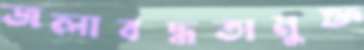
জলাবদ্ধতামুক্ত